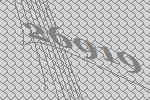
26919